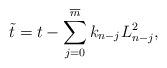
LaTeX: \begin{align*} \tilde{t}=t-\sum_{j=0}^{\overline{m}}k_{n-j}L_{n-j}^2,\end{align*}